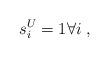
LaTeX: \begin{align*}s^U_i=1\forall i\;,\end{align*}